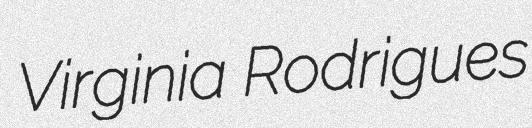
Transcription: Virginia Rodrigues